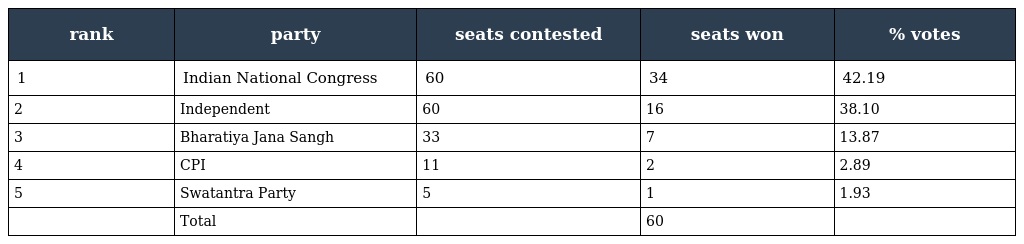
| rank | party | seats contested | seats won | % votes |
 | --- | --- | --- | --- | --- |
 | 1 | Indian National Congress | 60 | 34 | 42.19 |
 | 2 | Independent | 60 | 16 | 38.10 |
 | 3 | Bharatiya Jana Sangh | 33 | 7 | 13.87 |
 | 4 | CPI | 11 | 2 | 2.89 |
 | 5 | Swatantra Party | 5 | 1 | 1.93 |
 |  | Total |  | 60 |  |